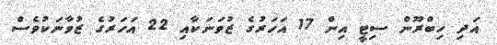
އަދި ހިބްރޫން ސިޓީ އިން 17 އަހަރުގެ ޒުވަނަކާއި 22 އަހަރުގެ ޒުވާނަކުވެސް